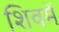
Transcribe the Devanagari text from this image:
शिवमें